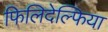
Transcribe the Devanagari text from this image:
फिलिदेल्फिया